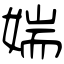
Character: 媏